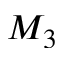
M _ { 3 }